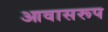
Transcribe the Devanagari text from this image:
आवासरूप